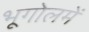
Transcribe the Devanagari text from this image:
भूगोलमें